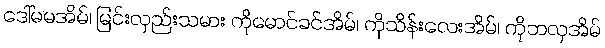
ဒေါ်မမအိမ်၊ မြင်းလှည်းသမား ကိုမောင်ခင်အိမ်၊ ကိုသိန်းလေးအိမ်၊ ကိုဘလှအိမ်